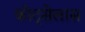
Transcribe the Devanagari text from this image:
कोट्सेलास